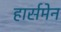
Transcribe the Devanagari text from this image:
हार्समेन